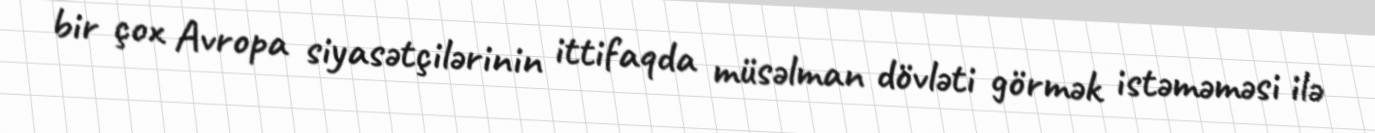
bir çox Avropa siyasətçilərinin ittifaqda müsəlman dövləti görmək istəməməsi ilə